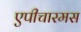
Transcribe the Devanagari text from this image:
एपीचारमस